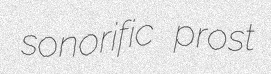
sonorific prost